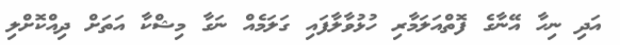
އަދި ނިހާ އޭނާގެ ފޮތްއަލަމާރި ހުޅުވާލާފައި ގަލަމެއް ނަގާ މިޝްކާ އަތަށް ދިއްކޮށްލި